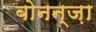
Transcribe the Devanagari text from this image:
बोनन्ज़ा